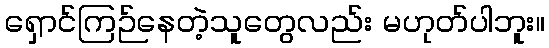
ရှောင်ကြဉ်နေတဲ့သူတွေလည်း မဟုတ်ပါဘူး။